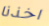
اخذنا